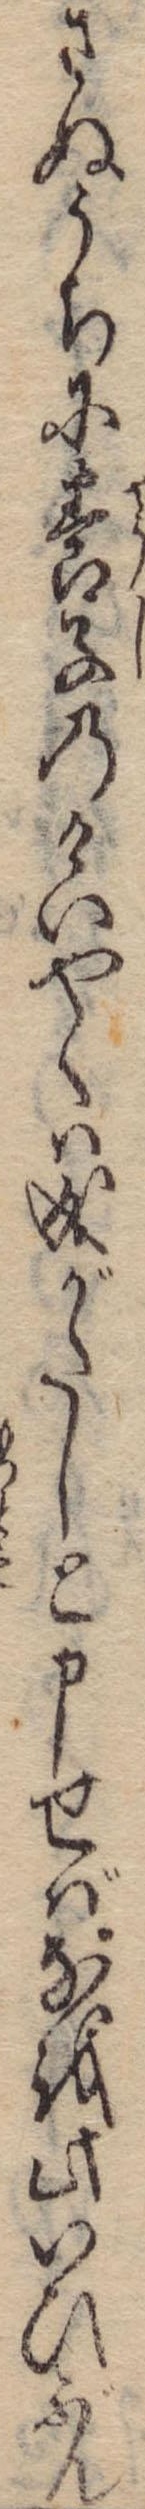
さぬうちに養子のけいやくは成がたしと申せばなを此いひぶん